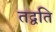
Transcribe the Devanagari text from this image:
तद्वति